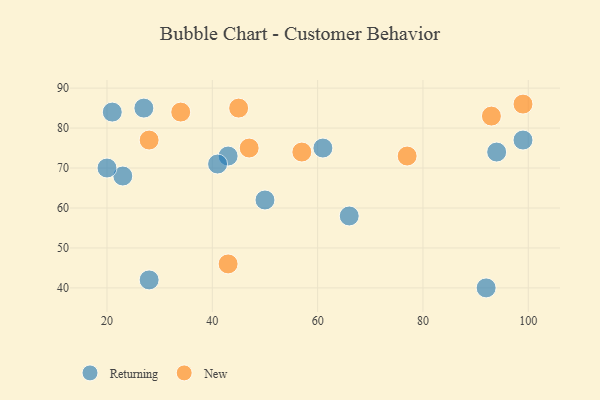
{"axis": {"x": "GDP", "y": "Life Expectancy"}, "legend": ["New", "Returning"], "data": [{"x": "61", "y": 75, "type": "Returning"}, {"x": "28", "y": 42, "type": "Returning"}, {"x": "21", "y": 84, "type": "Returning"}, {"x": "66", "y": 58, "type": "Returning"}, {"x": "94", "y": 74, "type": "Returning"}, {"x": "43", "y": 73, "type": "Returning"}, {"x": "50", "y": 62, "type": "Returning"}, {"x": "23", "y": 68, "type": "Returning"}, {"x": "41", "y": 71, "type": "Returning"}, {"x": "92", "y": 40, "type": "Returning"}, {"x": "27", "y": 85, "type": "Returning"}, {"x": "99", "y": 77, "type": "Returning"}, {"x": "20", "y": 70, "type": "Returning"}, {"x": "93", "y": 83, "type": "New"}, {"x": "45", "y": 85, "type": "New"}, {"x": "34", "y": 84, "type": "New"}, {"x": "47", "y": 75, "type": "New"}, {"x": "28", "y": 77, "type": "New"}, {"x": "99", "y": 86, "type": "New"}, {"x": "43", "y": 46, "type": "New"}, {"x": "57", "y": 74, "type": "New"}, {"x": "77", "y": 73, "type": "New"}]}